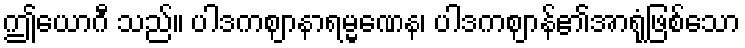
ဤယောဂီ သည်။ ပါဒကဈာနာရမ္မဏေန၊ ပါဒကဈာန်၏အာရုံဖြစ်သော